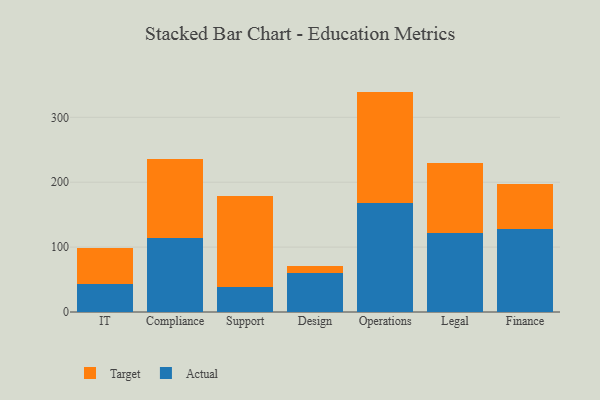
{"axis": {"x": "Department", "y": "Satisfaction Score"}, "legend": ["Actual", "Target"], "data": [{"x": "IT", "y": 43.3, "type": "Actual"}, {"x": "IT", "y": 55.3, "type": "Target"}, {"x": "Compliance", "y": 114.6, "type": "Actual"}, {"x": "Compliance", "y": 121.6, "type": "Target"}, {"x": "Support", "y": 38.0, "type": "Actual"}, {"x": "Support", "y": 140.2, "type": "Target"}, {"x": "Design", "y": 59.7, "type": "Actual"}, {"x": "Design", "y": 11.3, "type": "Target"}, {"x": "Operations", "y": 167.7, "type": "Actual"}, {"x": "Operations", "y": 171.9, "type": "Target"}, {"x": "Legal", "y": 121.1, "type": "Actual"}, {"x": "Legal", "y": 107.8, "type": "Target"}, {"x": "Finance", "y": 128.5, "type": "Actual"}, {"x": "Finance", "y": 68.7, "type": "Target"}]}